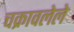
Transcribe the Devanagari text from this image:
चक्रावलेले